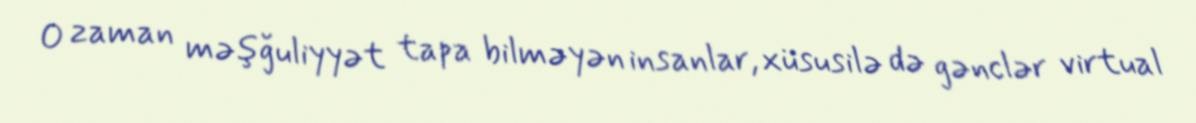
O zaman məşğuliyyət tapa bilməyən insanlar, xüsusilə də gənclər virtual